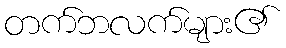
တက်ဘလက်များ၏